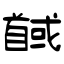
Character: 馘